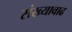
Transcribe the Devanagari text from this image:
संख्यावाढ